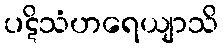
ပဋိသံဟရေယျာသိ